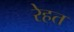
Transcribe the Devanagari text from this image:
रेहत